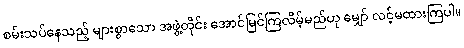
စမ်းသပ်နေသည့် များစွာသော အဖွဲ့တိုင်း အောင်မြင်ကြလိမ့်မည်ဟု မျှော် လင့်မထားကြပါ။